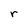
Character: r